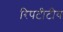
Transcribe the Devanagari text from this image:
रिपटीटीव